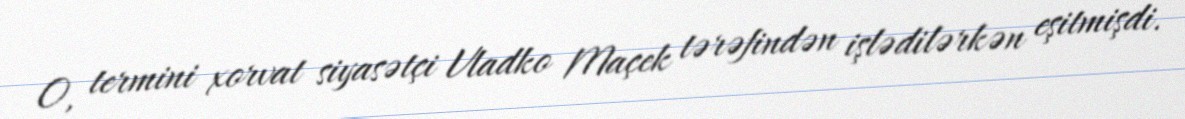
O, termini xorvat siyasətçi Vladko Maçek tərəfindən işlədilərkən eşitmişdi.